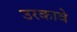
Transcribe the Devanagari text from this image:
उरकावे